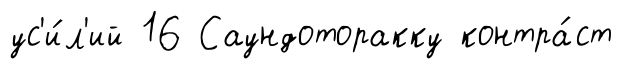
ус'и́л'ий 16 Саундоторакку контра́ст